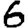
Digit: 6